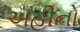
અહીનો